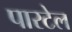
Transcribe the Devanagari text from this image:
पारटेल